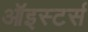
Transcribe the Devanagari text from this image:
ऑइस्टर्स